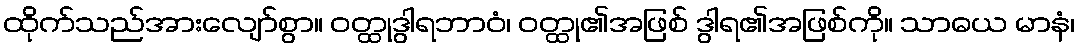
ထိုက်သည်အားလျော်စွာ။ ဝတ္ထုဒွါရဘာဝံ၊ ဝတ္ထု၏အဖြစ် ဒွါရ၏အဖြစ်ကို။ သာဓယ မာနံ၊